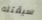
سيقتله